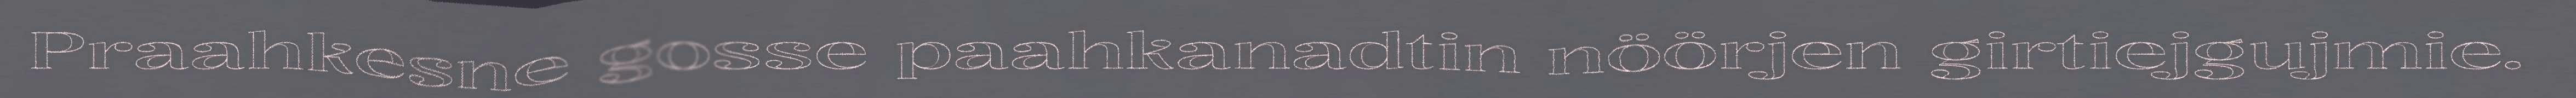
Praahkesne gosse paahkanadtin nöörjen girtiejgujmie.